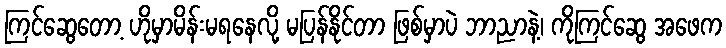
ကြင်ဆွေတော့ ဟိုမှာမိန်းမရနေလို့ မပြန်နိုင်တာ ဖြစ်မှာပဲ ဘာညာနဲ့၊ ကိုကြင်ဆွေ အဖေက